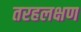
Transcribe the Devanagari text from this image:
तरहलक्षण